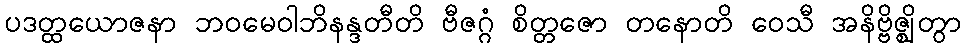
ပဒတ္ထယောဇနာ ဘဝမေဝါဘိနန္ဒတီတိ ဗီဇဂ္ဂံ စိတ္တဇော တနောတိ ဝေသီ အနိဗ္ဗိဇ္ဈိတွာ